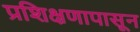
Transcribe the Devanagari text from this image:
प्रशिक्षणापासून